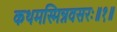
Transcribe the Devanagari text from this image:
कथमस्मिन्नवसरः॥१॥